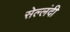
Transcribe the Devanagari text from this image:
सेल्लंदी